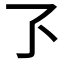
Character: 𬼷